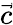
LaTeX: \vec{c}